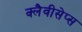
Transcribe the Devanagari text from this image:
क्लैवीसेप्स